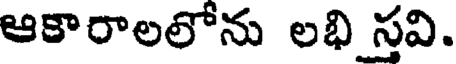
ఆకారాలలోను లభి స్తవి.